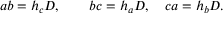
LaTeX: a b = h _ { c } D , \quad \quad b c = h _ { a } D , \quad c a = h _ { b } D .